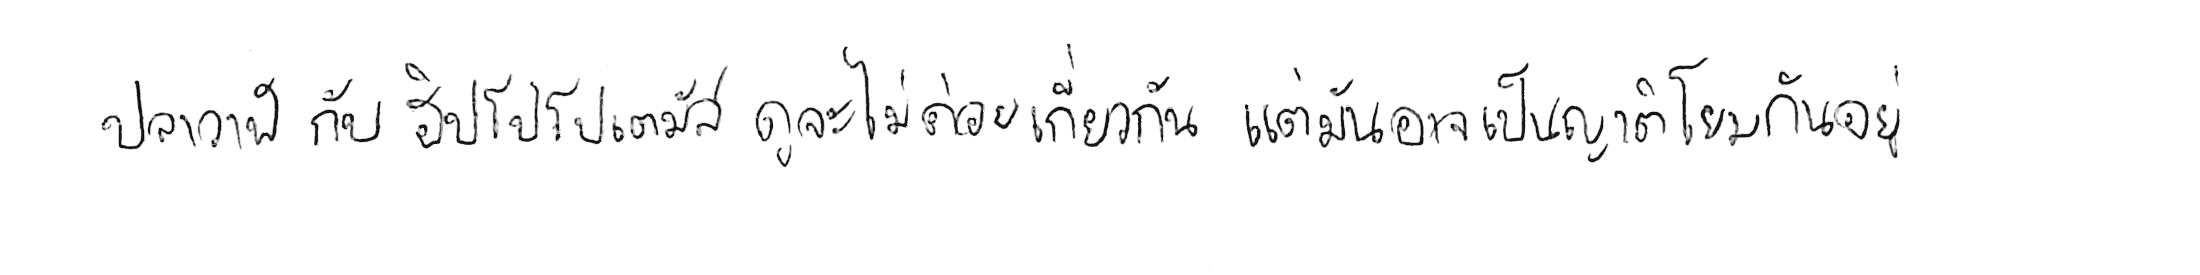
ปลาวาฬ กับ ฮิปโปโปเตมัส ดูจะไม่ค่อยเกี่ยวกัน แต่มันอาจเป็นญาติโยมกันอยู่